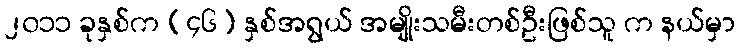
၂၀၁၁ ခုနှစ်က (၄၆) နှစ်အရွယ် အမျိုးသမီးတစ်ဦးဖြစ်သူ က နယ်မှာ